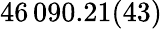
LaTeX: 46\, 090.21(43)